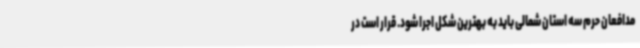
مدافعان حرم سه استان شمالی باید به بهترین شکل اجرا شود. قرار است در